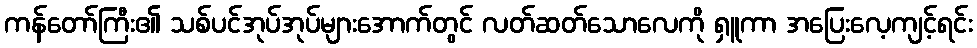
ကန်တော်ကြီး၏ သစ်ပင်အုပ်အုပ်များအောက်တွင် လတ်ဆတ်သောလေကို ရှူကာ အပြေးလေ့ကျင့်ရင်း